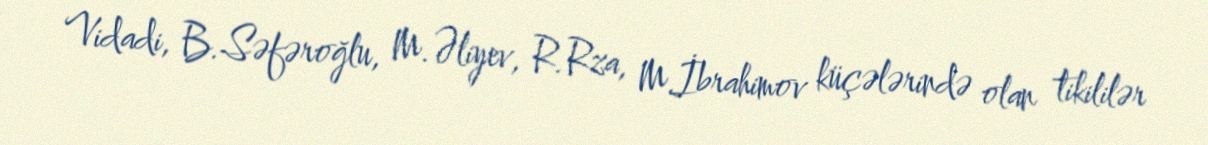
Vidadi, B.Səfəroğlu, M.Əliyev, R.Rza, M.İbrahimov küçələrində olan tikililər